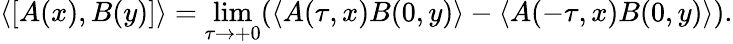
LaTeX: \left\langle\lbrack A(x),B(y)]\right\rangle=\operatorname*{lim}_{\tau\rightarrow+0}(\left\langle A(\tau,x)B(0,y)\right\rangle-\left\langle A(-\tau,x)B(0,y)\right\rangle).